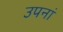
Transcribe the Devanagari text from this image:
उपनां